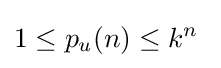
1\leq p_{u}(n)\leq k^{n}\